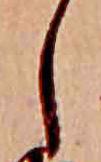
し